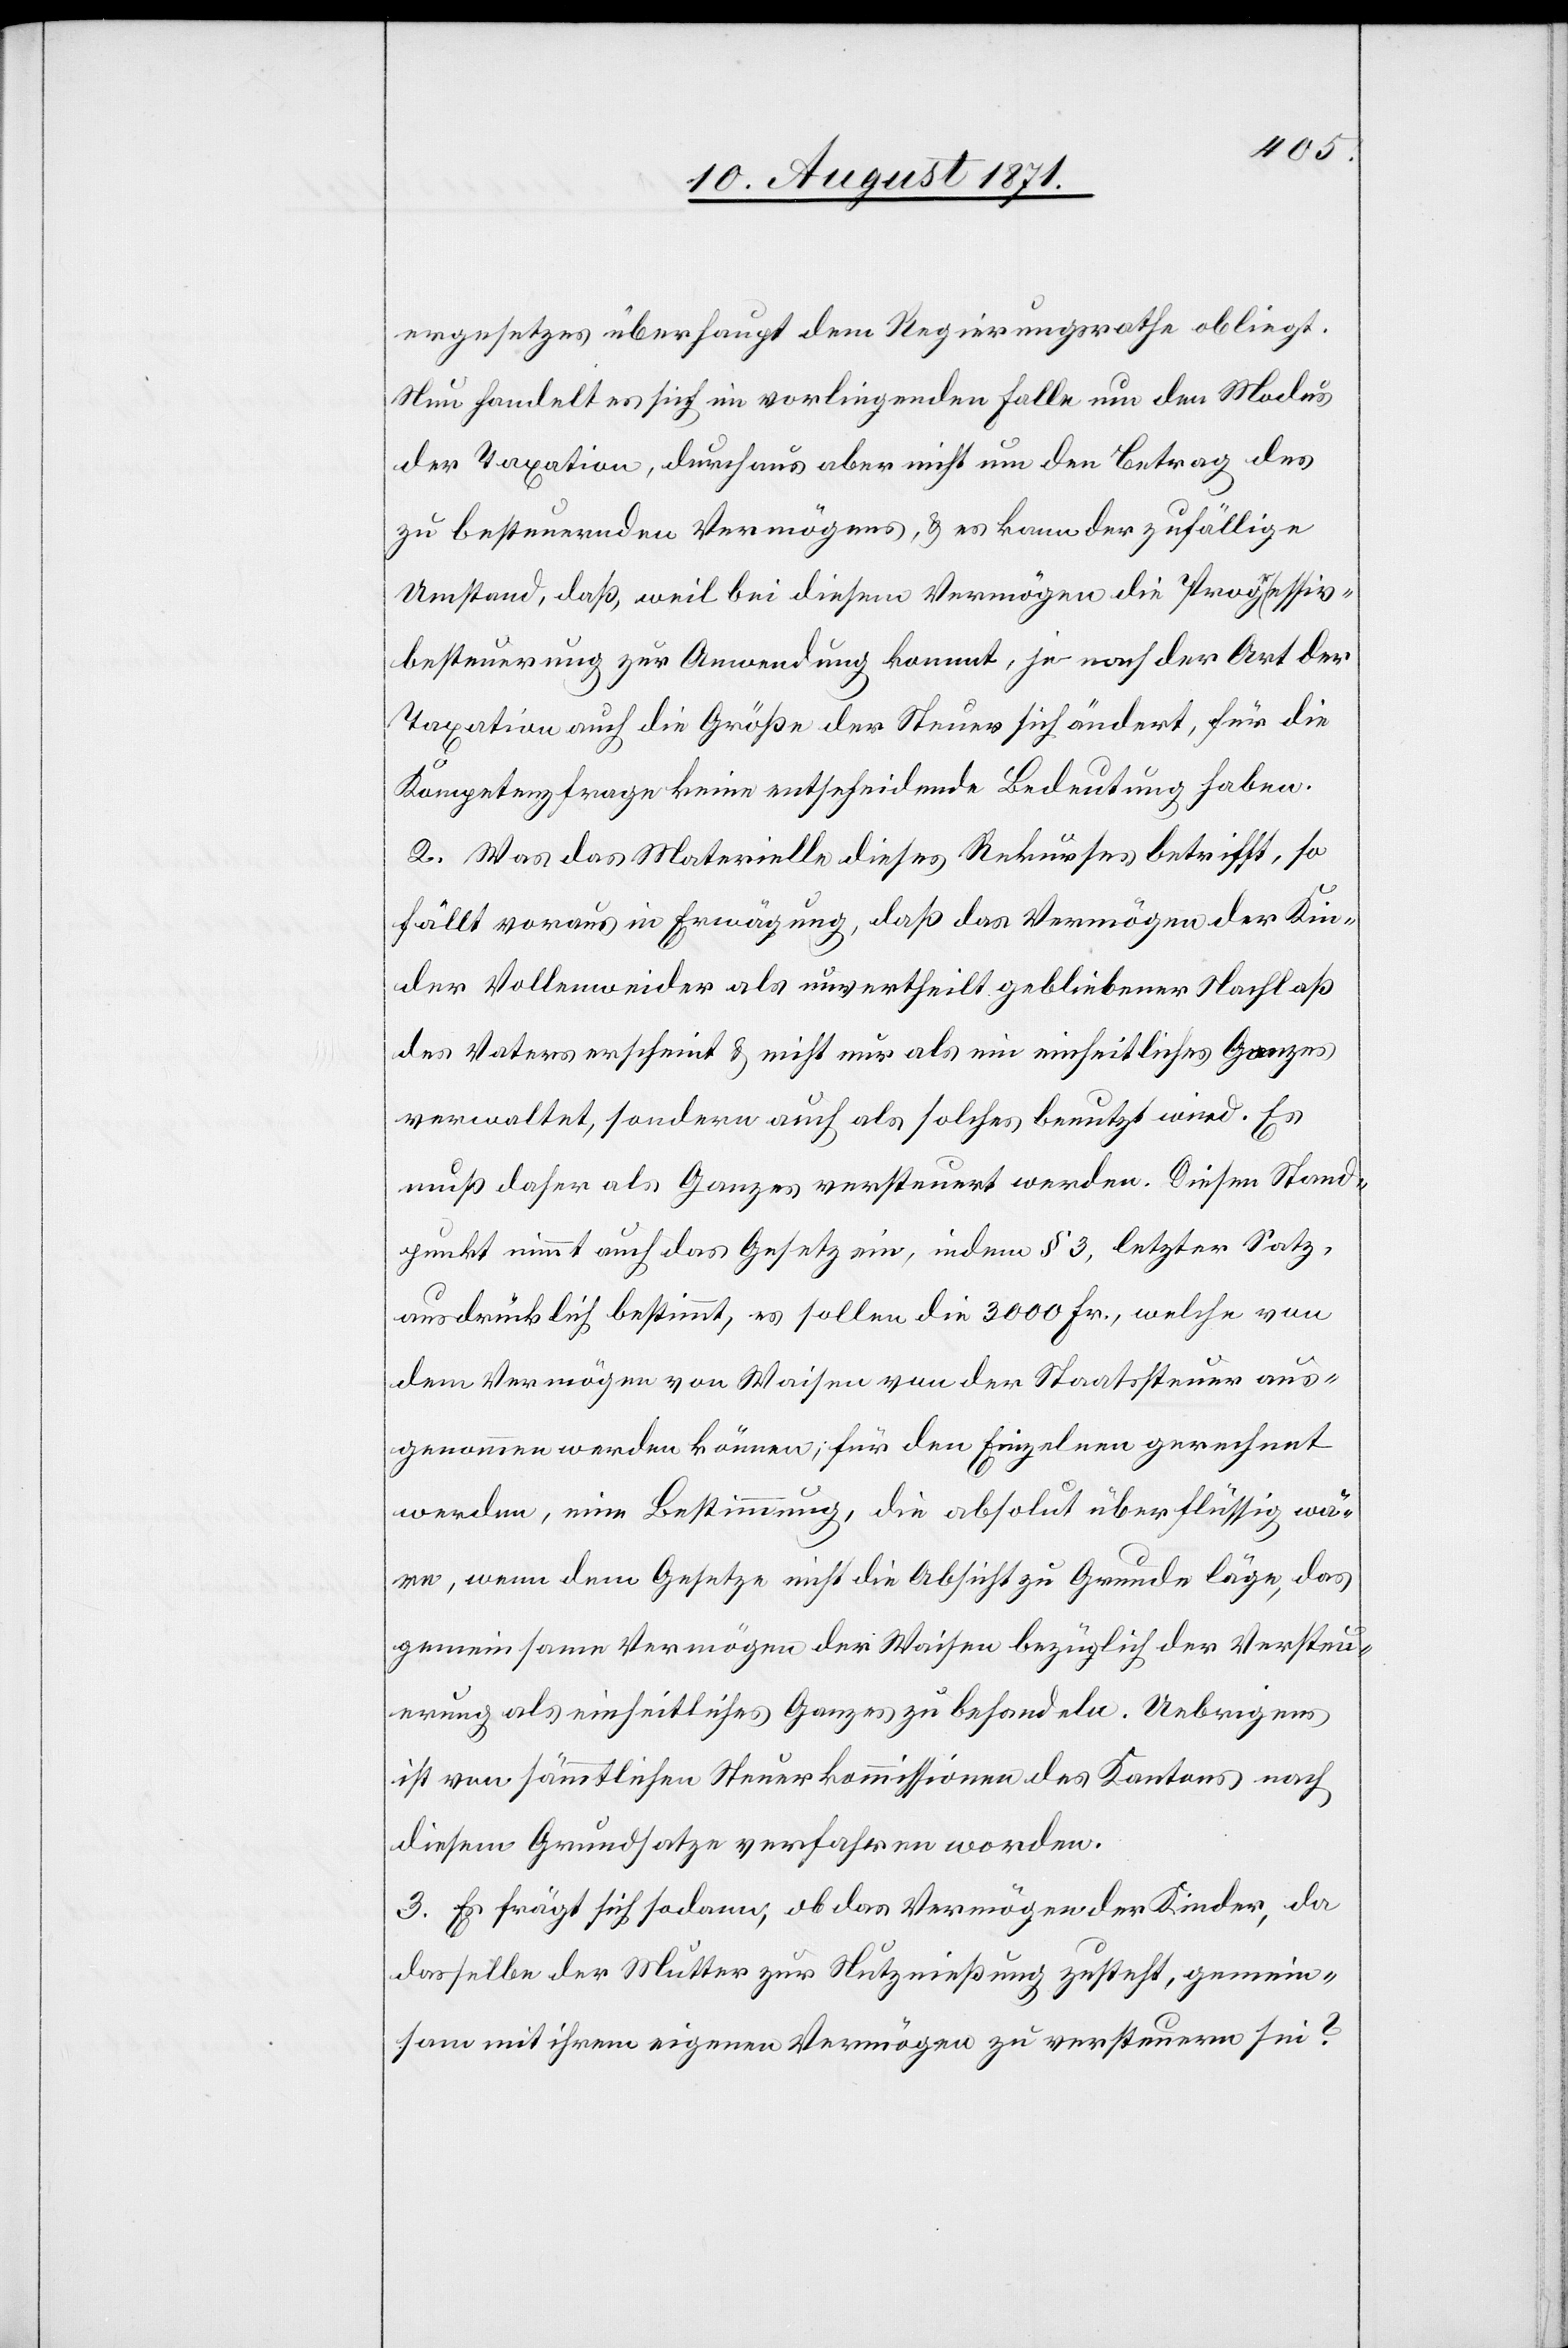
ergesetzes überhaupt dem Regierungsrathe obliegt.
Nun handelt es sich im vorliegenden Falle um den Modus
der Taxation, durchaus aber nicht um den Betrag des
zu besteuernden Vermögens, & es kann der zufällige
Umstand, daß, weil bei diesem Vermögen die Progressiv¬
besteuerung zur Anwendung kommt, ja nach der Art der
Taxation auch die Größe der Steuer sich ändert, für die
Kompetenzfrage keine entscheidende Bedeutung haben.
2. Was das Materielle dieses Rekurses betrifft, so
fällt voraus in Erwägung, daß das Vermögen der Kin¬
der Vollenweider als unvertheilt gebliebener Nachlaß
des Vaters erscheint & nicht nur als ein einheitliches Ganzes
verwaltet, sondern auch als solches benutzt wird. Es
muß daher als Ganzes versteuert werden. Dieser Stand¬
punkt nimmt auch das Gesetz ein, indem § 3, letzter Satz,
ausdrücklich bestimmt, es sollen die 3000 Fr., welche von
dem Vermögen von Waisen von der Staatssteuer aus¬
genommen werden können; für den Einzelnen gerechnet
werden, eine Bestimmung, die absolut überflüssig wä¬
re, wenn dem Gesetze nicht die Absicht zu Grunde läge, das
gemeinsame Vermögen der Waisen bezüglich der Versteu¬
erung als einheitliches Ganzes zu behandeln. Uebrigens
ist von sämmtlichen Steuerkommissionen des Kantons nach
diesem Grundsatze verfahren worden.
3. Es fragt sich sodann, ob das Vermögen der Kinder, da
dasselbe der Mutter zur Nutznießung zusteht, gemein¬
sam mit ihrem eigenen Vermögen zu versteuern sei?